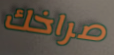
صراخك